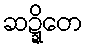
ဆဍ္ဍိတေ